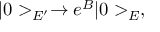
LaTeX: | 0 > _ { E ^ { \prime } } \rightarrow e ^ { \cal B } | 0 > _ { E } ,